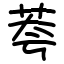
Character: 荂